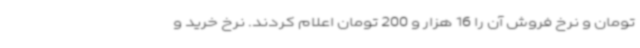
تومان و نرخ فروش آن را 16 هزار و 200 تومان اعلام کردند. نرخ خرید و